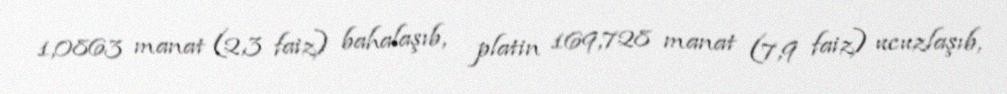
1,0863 manat (2,3 faiz) bahalaşıb, platin 169,728 manat (7,9 faiz) ucuzlaşıb,